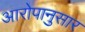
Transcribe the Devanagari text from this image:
आरोपानुसार